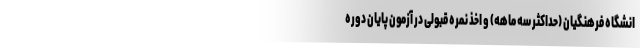
انشگاه فرهنگیان (حداکثر سه ماهه) و اخذ نمره قبولی در آزمون پایان دوره